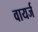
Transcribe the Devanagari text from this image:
वायर्ज